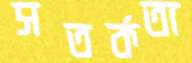
সতর্কতা